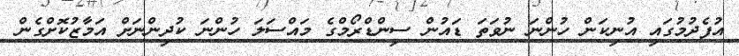
އުފެދުމުގައި އުނިކަން ހުންނަ ނުވަތަ ޑައުން ސިންޑްރޯމްގެ މައްސަލަ ހުންނަ ކުދިންނަށް އަމާޒުކޮށްގެން